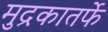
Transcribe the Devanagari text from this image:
मुद्रकातर्फे